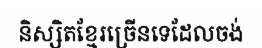
និស្សិតខ្មែរច្រើនទេដែលចង់